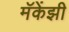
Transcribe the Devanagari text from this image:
मॅकेंझी